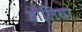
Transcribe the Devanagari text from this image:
बौलिया